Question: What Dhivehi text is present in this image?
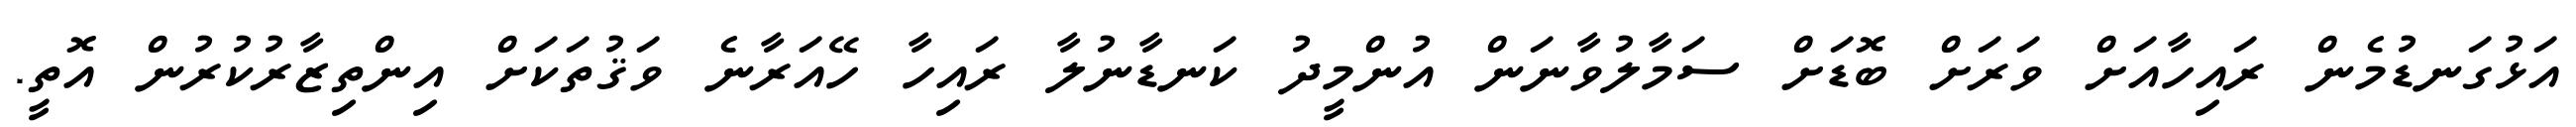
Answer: އަޅުގަނޑުމެން ރައިހާއަށް ވަރަށް ބޮޑަށް ސަމާލުވާނަން އުންމީދު ކަނޑާނުލާ ރައިހާ ހޭއަރާނެ ވަޤުތަކަށް އިންތިޒާރުކުރުން އޮތީ.